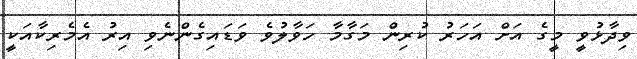
ވިދާޅުވީ މީގެ އަށް އަހަރު ކުރިން މަގާމާ ހަވާލުވެ ވަޑައިގެންނެވި އިރު އެމެރިކާއަކީ